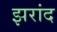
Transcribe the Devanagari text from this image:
झरांद